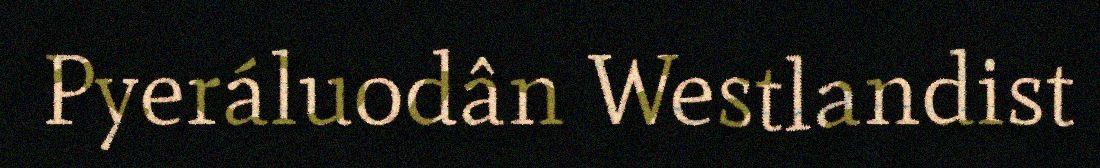
Pyeráluodân Westlandist